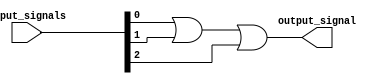
module OR_gate (
    input [2:0] input_signals,
    output output_signal
);

assign output_signal = input_signals[0] | input_signals[1] | input_signals[2];

endmodule